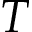
T